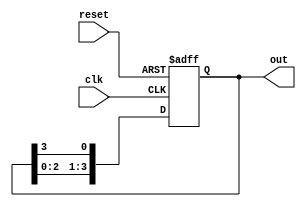
module ring_counter #(parameter N = 4) (
    input wire clk,        // Clock signal
    input wire reset,      // Asynchronous reset signal
    output reg [N-1:0] out // Output representing the current state of the counter
);

    // Initial state: one high bit at the first flip-flop
    initial begin
        out = 1'b1 << (N - 1); // Set initial state to 100...0 (for N=4, it will be 1000)
    end

    // Always block for the ring counter operation
    always @(posedge clk or posedge reset) begin
        if (reset) begin
            out <= 1'b1 << (N - 1); // Reset state to initial state
        end else begin
            out <= {out[N-2:0], out[N-1]}; // Shift right
        end
    end
endmodule